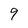
Character: 9